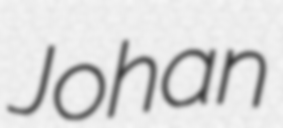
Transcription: Johan